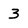
Character: 3